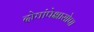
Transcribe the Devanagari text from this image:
दोघांपेक्षासोपा